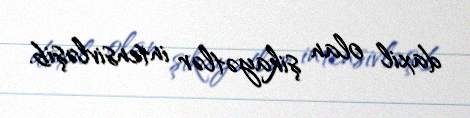
daxil olan şikayətlər intensivləşib.